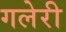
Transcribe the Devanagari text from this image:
गलेरी